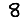
Digit: 8